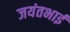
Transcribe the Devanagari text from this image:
जयंतभाई